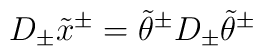
D_\pm \tilde{x}^\pm=\tilde{\theta}^\pm D_\pm\tilde{\theta}^\pm